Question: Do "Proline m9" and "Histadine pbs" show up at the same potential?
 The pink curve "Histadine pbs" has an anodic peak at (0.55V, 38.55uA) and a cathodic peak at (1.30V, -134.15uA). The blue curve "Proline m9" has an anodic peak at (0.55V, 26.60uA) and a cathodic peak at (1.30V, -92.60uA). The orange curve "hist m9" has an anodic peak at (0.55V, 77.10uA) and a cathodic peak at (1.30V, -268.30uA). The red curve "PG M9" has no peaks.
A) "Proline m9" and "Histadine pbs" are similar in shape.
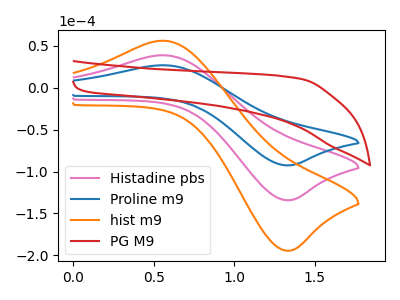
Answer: <think>All the peaks in "Proline m9" have a peak in "Histadine pbs" at the same potential. Every peak in "Proline m9" is lower than every peak in "Histadine pbs".
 </think>
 <answer>A) "Proline m9" and "Histadine pbs" are similar in shape.</answer>
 <eval>A</eval>